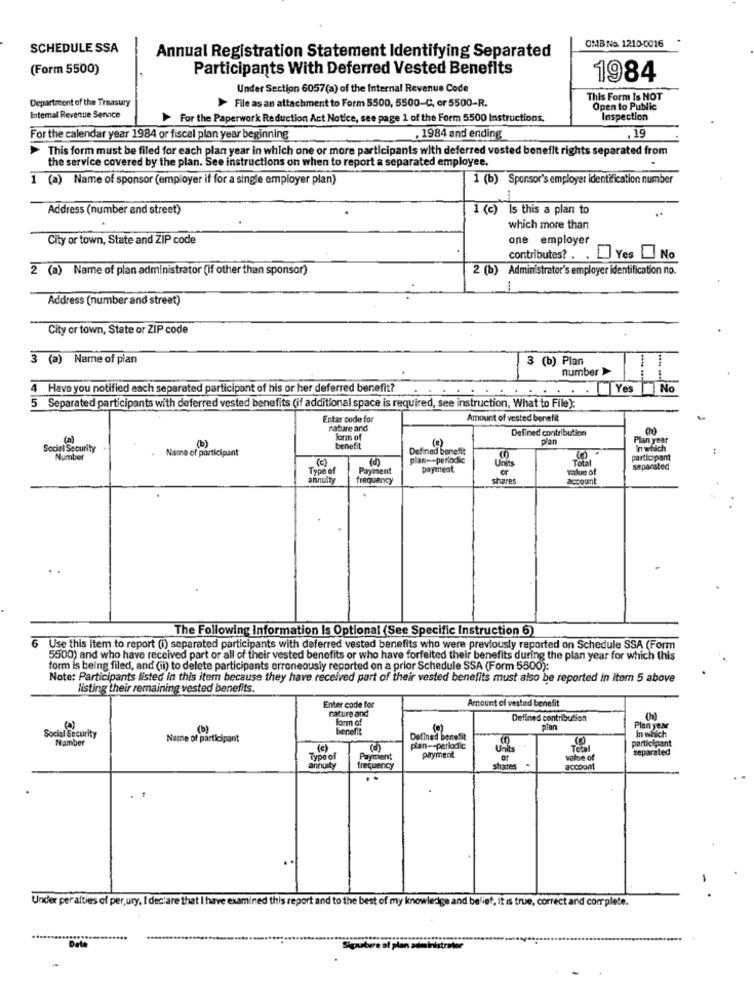
OMB No. 1210-0016
SCHEDULE SSA
Annual Registration Statement Identifying Separated
(Form 5500)
Participants With Deferred Vested Benefits
1984
Under Section 6057(a) of the Internal Revenue Code
Department of the Treasury
This Form Is NOT
>File as an attachment to Form 5500, 5500-C, or 5500-R.
Open to Public
Internal Revenue Senvace
> For the Paperwork Reduction Act Notice, see page 1 of the Form 5500 Instructions.
Inspection
.19
For the calendar year 1984 or fiscal plan year beginning
.1984 and ending
> This form must be filed for each plan year in which one or more participants with deferred vested benefit rights separated from
the service covered by the plan. See instructions on when to report a separated employee.
1 (a) Name of sponsor (employer if for a single employer plan)
1 (b) Sponsor's employer identification number
Address (number and street)
1 (c)
Is this a plan to
..
which more than
City or town, State and ZIP code
one employer
contributes? . . . Yes No
2 (a) Name of plan administrator (If other than sponsor)
2 (b) Administrator's employer identification no.
1
Address (number and street)
City or town, State or ZIP code
3 (a) Name of plan
3 (b) Plan
number >>
Have you notified each separated participant of his or her deferred benefit?
Yes No
5
Separated participants with deferred vested benefits (if additional space is required, see instruction, What to File);
Enter code for
Amount of vested benefit
nature and
Defined contribution
(b)
form of
(B)
plan
Plan year
Social Security
Name of participant
benefit
In wisch
Number
(c)
plan -- periodic
Defined benefit
Units
Total
participant
Type of
Payment
payuteat
or
value of
separated
annuity
frequency
shares
account
The Following Information Is Optional (See Specific Instruction 6)
6
Use this item to report (i) separated participants with deferred vested benefits who were previously reported on Schedule SSA (Form
5500) and who have received part or all of their vested benefits or who have forfeited their benefits during the plan year for which this
form is being filed, and (ii) to delete participants erroneously reported on a prior Schedule SSA (Form 5500):
Note: Participants listed in this item because they have received part of their vested benefits must also be reported in itom 5 above
listing their remaining vested benefits.
Enter code for
nature and
Amount of vested benefit
Defined contribution
(h)
Social Security
(b)
form of
benefit
plan
Plan year
In which
Namber
Name of participant
Defined benefit
participant
(c)
plan -- periodic
separated
Type of
Payment
payment
value of
annuity
frequency
shares
accoom
Under per alties of per,ury, I declare that I have examined this report and to the best of my knowledge and belief, it is true, correct and complete.
Data
Signature of plan administr